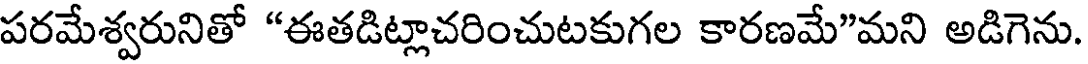
పరమేశ్వరునితో "ఈతడిట్లాచరించుటకుగల కారణమే"మని అడిగెను